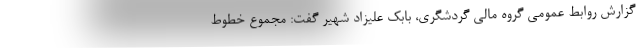
گزارش روابط عمومی گروه مالی گردشگری، بابک علیزاد شهیر گفت: مجموع خطوط